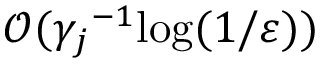
\mathcal { O } ( { \gamma _ { j } } ^ { - 1 } \mathrm { l o g } ( 1 / \varepsilon ) )